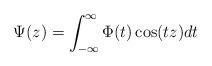
LaTeX: \begin{align*} \Psi(z)=\int_{-\infty}^\infty\Phi(t)\cos(tz)dt\end{align*}